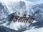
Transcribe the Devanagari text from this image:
तक्षशीलेचा